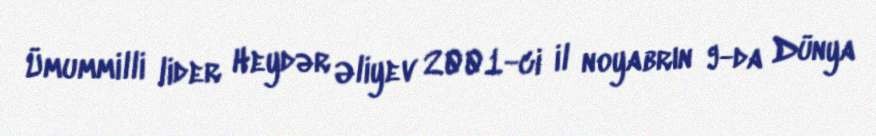
Ümummilli lider Heydər Əliyev 2001-ci il noyabrın 9-da Dünya